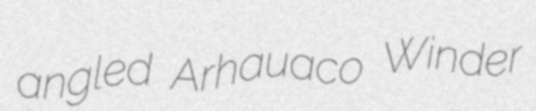
angled Arhauaco Winder